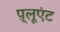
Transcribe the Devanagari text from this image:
प़्लूएंट